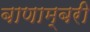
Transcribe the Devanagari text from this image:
बाणाम्बरी